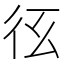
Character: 𢓎